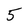
Character: 5